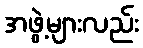
အဖွဲ့များလည်း